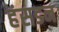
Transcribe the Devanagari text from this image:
हंसडन